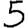
Digit: 5